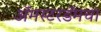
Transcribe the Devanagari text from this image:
अॅमस्टरडॅमचा